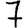
Digit: 7